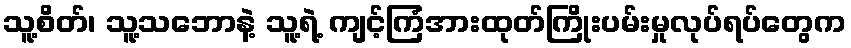
သူ့စိတ်၊ သူ့သဘောနဲ့ သူ့ရဲ့ ကျင့်ကြံအားထုတ်ကြိုးပမ်းမှုလုပ်ရပ်တွေက